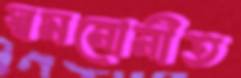
স্বমনোনীত